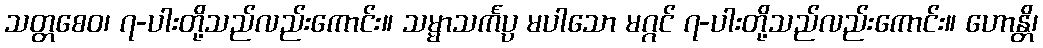
သတ္တစေဝ၊ ၇-ပါးတို့သည်လည်းကောင်း။ သမ္မာသင်္ကပ္ပ မပါသော မဂ္ဂင် ၇-ပါးတို့သည်လည်းကောင်း။ ဟောန္တိ၊